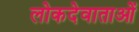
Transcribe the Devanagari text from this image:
लोकदेवाताओं